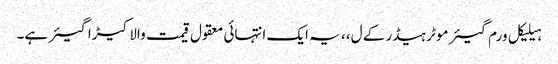
ہیلیکل ورم گیئر موٹر ہیڈر کے ل، ، یہ ایک انتہائی معقول قیمت والا کیڑا گیئر ہے۔